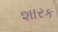
શારક